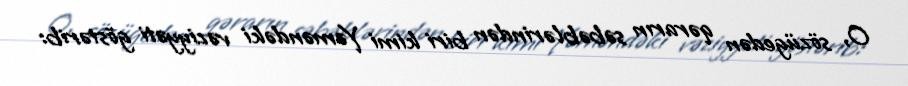
O, sözügedən qərarın səbəblərindən biri kimi Yəməndəki vəziyyəti göstərib: